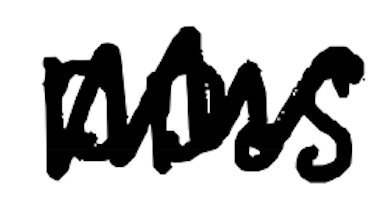
Text: DDoS
Cross-out: zig-zag
Writing tool: digital_black